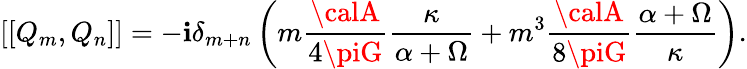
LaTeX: \left[\left[Q_{m},Q_{n}\right]\right]=-\mathbf{i}\delta_{m+n}\left(m\frac{{{\calA}}}{{4\piG}}\frac{{\kappa}}{{\alpha+\Omega}}+m^{3}\frac{{{\calA}}}{{8\piG}}\frac{{\alpha+\Omega}}{{\kappa}}\right).